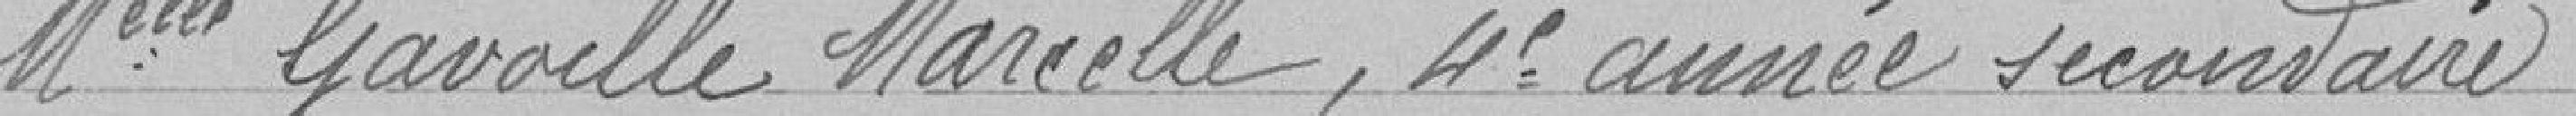
Melle GAVOILLE Marcelle, 4ème année secondaire   153 francs